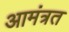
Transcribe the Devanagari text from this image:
आमंत्रत